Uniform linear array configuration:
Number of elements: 48
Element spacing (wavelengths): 1
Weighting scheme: kaiser
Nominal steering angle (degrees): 0
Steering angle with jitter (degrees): -1.602
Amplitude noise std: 0.05
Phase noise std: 0.05

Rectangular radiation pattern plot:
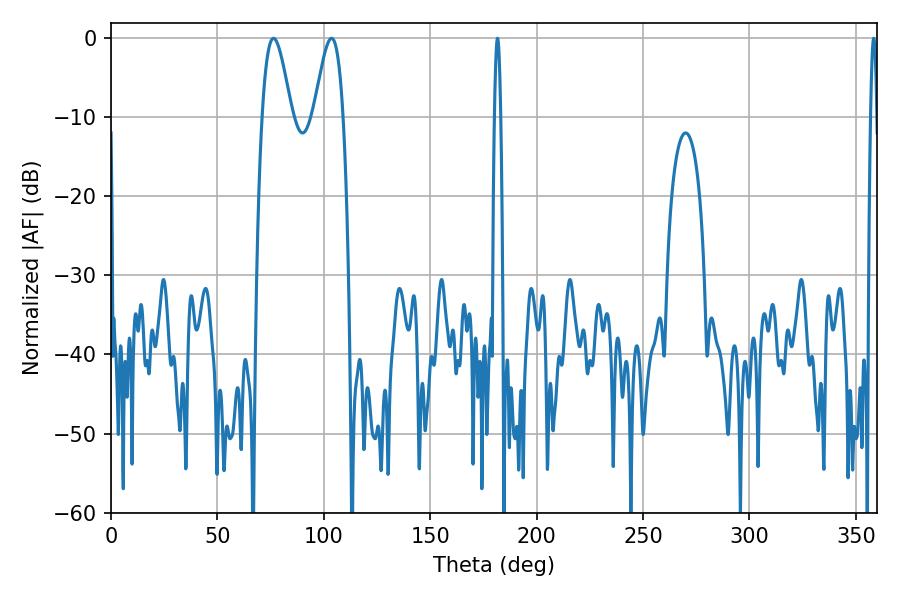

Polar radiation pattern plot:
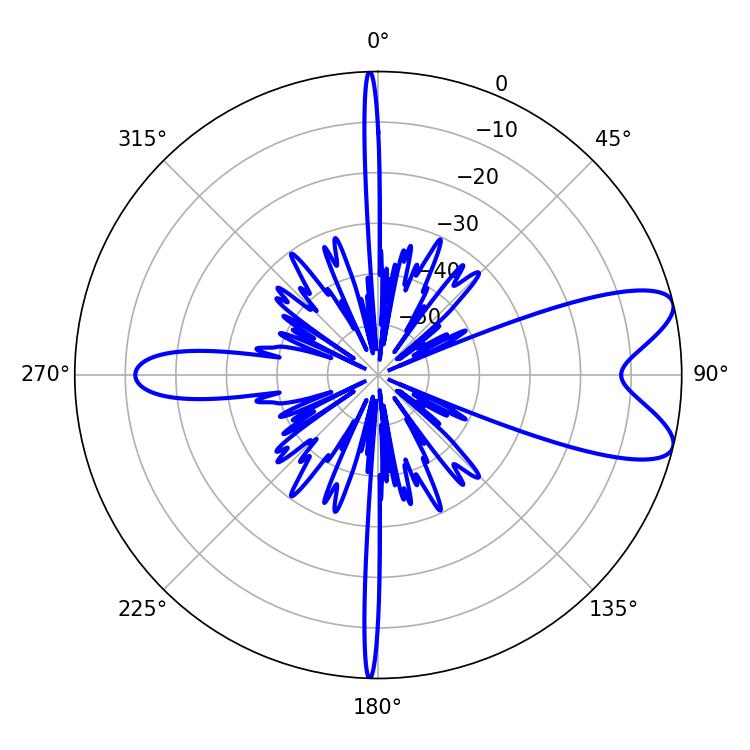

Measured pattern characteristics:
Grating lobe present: TRUE
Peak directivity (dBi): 8.636
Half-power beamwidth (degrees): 1.44
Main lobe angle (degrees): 181.62